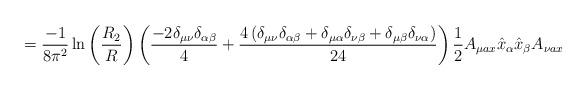
LaTeX: \begin{align*}=\frac{-1}{8\pi^2}\ln\left(\frac{R_2}{R}\right)\left(\frac{-2\delta_{\mu\nu}\delta_{\alpha\beta}}{4}+\frac{4\left(\delta_{\mu\nu}\delta_{\alpha\beta}+\delta_{\mu\alpha}\delta_{\nu\beta}+\delta_{\mu\beta}\delta_{\nu\alpha}\right)}{24}\right)\frac{1}{2}A_{\mu ax}\hat{x}_\alpha\hat{x}_\beta A_{\nu ax}\end{align*}